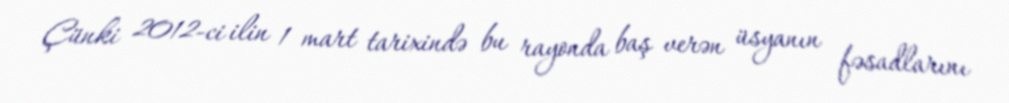
Çünki 2012-ci ilin 1 mart tarixində bu rayonda baş verən üsyanın fəsadlarını